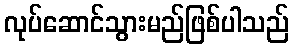
လုပ်ဆောင်သွားမည်ဖြစ်ပါသည်